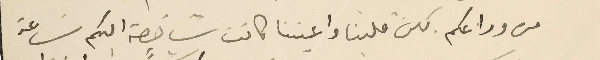
من وداعكم لكن قلبنا واعيننا كانت شاخصة اليكم سَاعة